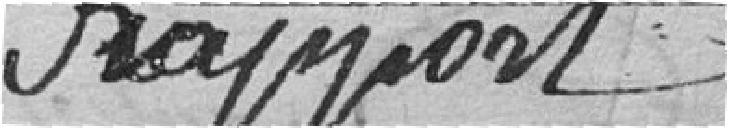
Rapport